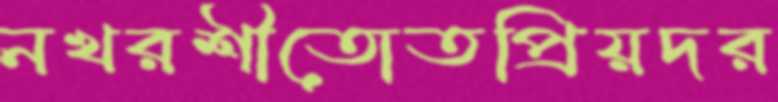
নখরশীতোতপ্রিয়দর